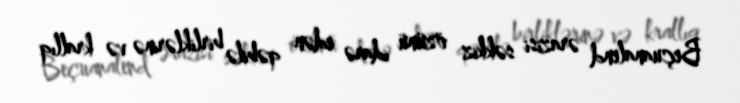
Beçuanalend ərazisi səkkiz özünü idarə edən qəbilə birliklərinə və krallıq